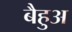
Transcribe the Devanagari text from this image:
बैहुअ